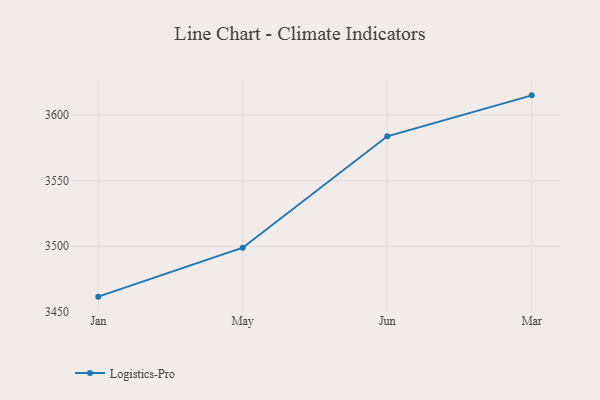
{"axis": {"x": "Month", "y": "Backlog"}, "legend": ["Logistics-Pro"], "data": [{"x": "Jan", "y": 3461.6, "type": "Logistics-Pro"}, {"x": "May", "y": 3498.9, "type": "Logistics-Pro"}, {"x": "Jun", "y": 3583.7, "type": "Logistics-Pro"}, {"x": "Mar", "y": 3614.9, "type": "Logistics-Pro"}]}